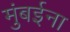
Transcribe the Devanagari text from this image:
मुंबईना